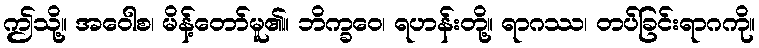
ဤသို့။ အဝေါစ၊ မိန့်တော်မူ၏။ ဘိက္ခဝေ၊ ရဟန်းတို့။ ရာဂဿ၊ တပ်ခြင်းရာဂကို။